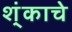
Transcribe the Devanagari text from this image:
श्ंकाचे